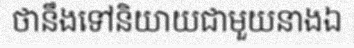
ថានឹងទៅនិយាយជាមួយនាងឯ